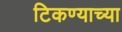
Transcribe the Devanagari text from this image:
टिकण्याच्या